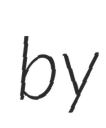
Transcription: by